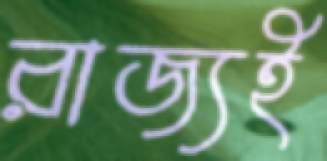
রাজ্যই